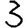
Digit: 3